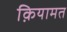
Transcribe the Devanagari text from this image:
क़ियामत